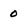
Character: 0